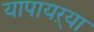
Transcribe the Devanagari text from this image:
यापायऱ्या